Annual statistical returns and brief notes on vaccination in Bengal - 1887-1898
Year: 1887
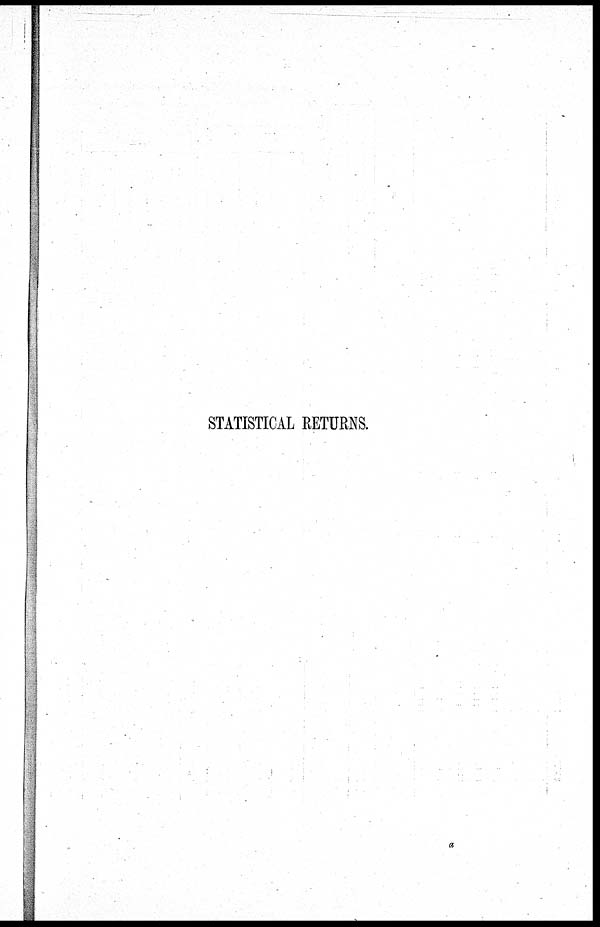
STATISTICAL RETURNS.
a